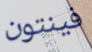
فينتون